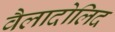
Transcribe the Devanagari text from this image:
वैलादोलिद